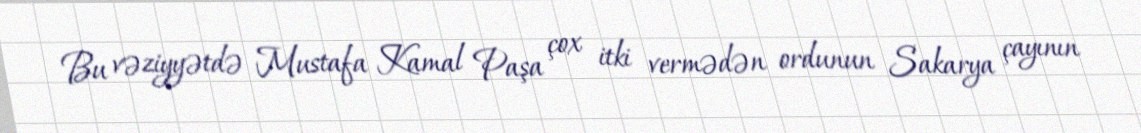
Bu vəziyyətdə Mustafa Kamal Paşa çox itki vermədən ordunun Sakarya çayının